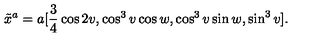
\tilde { x } ^ { a } = a [ \frac { 3 } { 4 } \cos 2 v , \cos ^ { 3 } v \cos w , \cos ^ { 3 } v \sin w , \sin ^ { 3 } v ] .